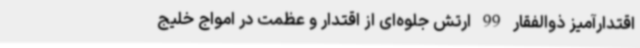
اقتدارآمیز ذوالفقار 99 ارتش جلوه‌ای از اقتدار و عظمت در امواج خلیج